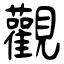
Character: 觀